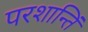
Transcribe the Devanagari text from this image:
परशान्तिं